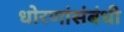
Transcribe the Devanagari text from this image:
धोरणांसंबंधी